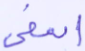
أسفى